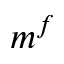
m ^ { f }